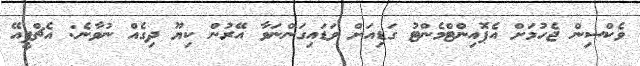
ވެކްސިން ޖެހުމަށް އެޕޮއިންޓްމެންޓު ގަޑިއަށް ވަޑައިގަންނަވާ އޭރުން ކިޔޫ ދިގެއް ނުވާނެ: އެޗްޕީއޭ